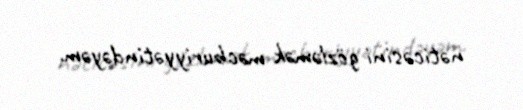
nəticəsini gözləmək məcburiyyətindəyəm.